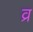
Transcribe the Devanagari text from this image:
व्र